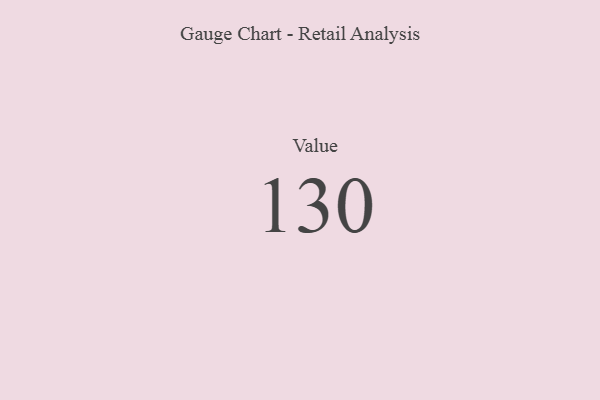
{"axis": {"x": "Metric", "y": "Value"}, "legend": [""], "data": [{"x": "Value", "y": 130, "type": ""}]}